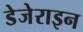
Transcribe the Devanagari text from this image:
डेजेराइन